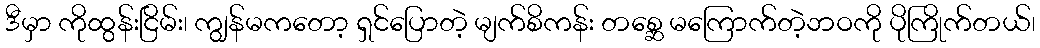
ဒီမှာ ကိုထွန်းငြိမ်း၊ ကျွန်မကတော့ ရှင်ပြောတဲ့ မျက်စိကန်း တစ္ဆေ မကြောက်တဲ့ဘဝကို ပိုကြိုက်တယ်၊